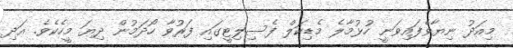
މިއަދު ނިޔާވެފައިވަނީ ހުޅުމާލެ މެޑިކަލް ފެސިލިޓީގައި ފަރުވާ ހޯދަމުން ދިޔަ މީހެކެވެ. އަދި